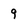
Character: 9